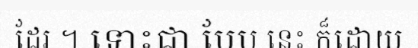
ដែរ ។ ទោះជា បែប នេះ ក៏ដោយ